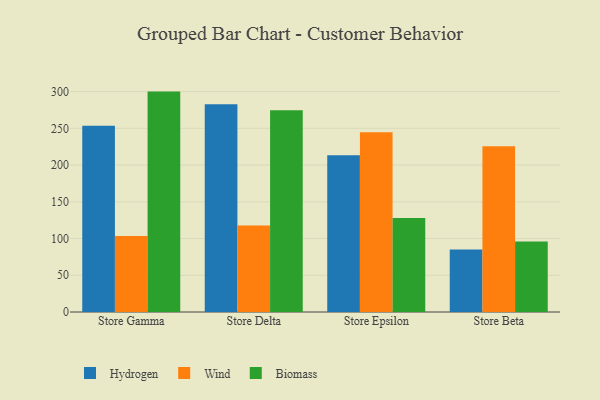
{"axis": {"x": "Store", "y": "Tickets Resolved"}, "legend": ["Biomass", "Hydrogen", "Wind"], "data": [{"x": "Store Gamma", "y": 253.4, "type": "Hydrogen"}, {"x": "Store Gamma", "y": 103.4, "type": "Wind"}, {"x": "Store Gamma", "y": 300.0, "type": "Biomass"}, {"x": "Store Delta", "y": 282.8, "type": "Hydrogen"}, {"x": "Store Delta", "y": 117.7, "type": "Wind"}, {"x": "Store Delta", "y": 274.7, "type": "Biomass"}, {"x": "Store Epsilon", "y": 213.3, "type": "Hydrogen"}, {"x": "Store Epsilon", "y": 244.6, "type": "Wind"}, {"x": "Store Epsilon", "y": 127.8, "type": "Biomass"}, {"x": "Store Beta", "y": 85.0, "type": "Hydrogen"}, {"x": "Store Beta", "y": 225.5, "type": "Wind"}, {"x": "Store Beta", "y": 95.8, "type": "Biomass"}]}